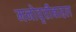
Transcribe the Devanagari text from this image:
मनोवृत्तीबाद्दल